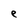
Character: e